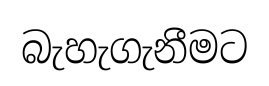
බැහැගැනීමට